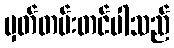
မှတ်တမ်းတင်ပါသည်